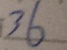
3 6